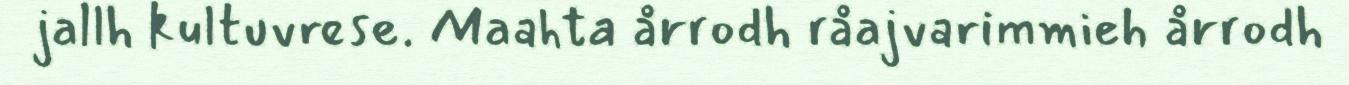
jallh kultuvrese. Maahta årrodh råajvarimmieh årrodh